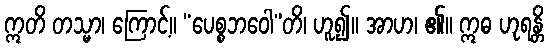
ဣတိ တသ္မာ၊ ကြောင့်။ “ပေစ္စဘဝေါ”တိ၊ ဟူ၍။ အာဟ၊ ၏။ ဣဓ ဟုရန္တိ